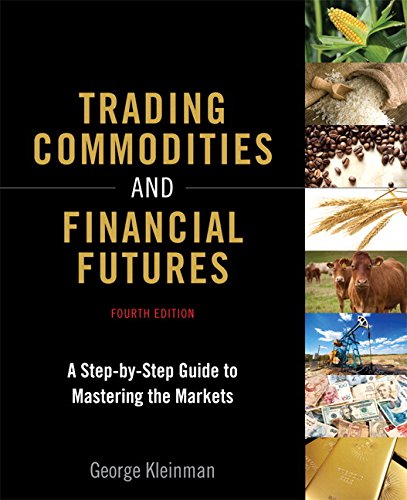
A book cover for Trading Commodities and Financial Futures: A Step-by-Step Guide to Mastering the Markets (paperback) (4th Edition); George Kleinman; Business & Money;